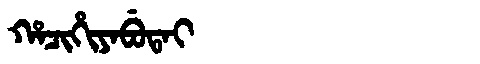
Manchu: ᡥᠠᠴᡳᡥᡳᠶᠠᠪᡠᡨᠠᡳ
Romanization: HACIHIYABUTAI